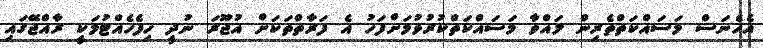
އެހެނަސް މަސައްކަތްތެރިން ލައްވާ މަސައްކަތްކުރުވުމަށްފަހު އެ ފަރާތްތަކަށް އުޖޫރަ ނުދީ ހިފެހެއްޓުމަކީ ރާއްޖޭގައި